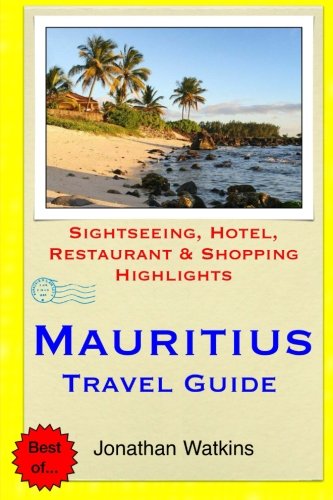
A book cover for Mauritius Travel Guide: Sightseeing, Hotel, Restaurant & Shopping Highlights; Jonathan Watkins; Travel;